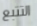
التتبع